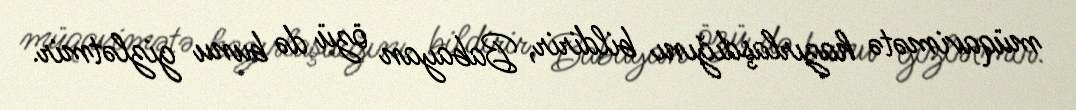
müqavimətə hazırlaşdığını bildirir, Babayan özü də bunu gizlətmir.